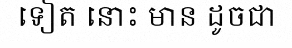
ទៀត នោះ មាន ដូចជា